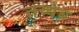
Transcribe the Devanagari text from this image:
तय्येब